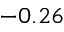
- 0 . 2 6